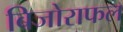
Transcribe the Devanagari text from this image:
बिजोराफल